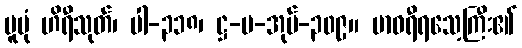
မူပုံ ဟိရီသုတ်၊ ပါ-၃၁၈၊ ဋ္ဌ-ပ-အုပ်-၃၀၉။ ဗာဝရီရသေ့ကြီး၏